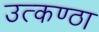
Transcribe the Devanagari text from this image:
उत्‍कण्‍ठा